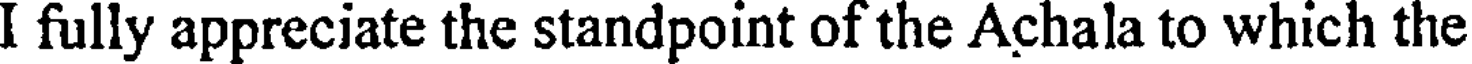
I fully appreciate the standpoint of the Achala to which the